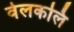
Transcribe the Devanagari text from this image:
वेलकलि